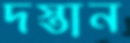
দস্তান